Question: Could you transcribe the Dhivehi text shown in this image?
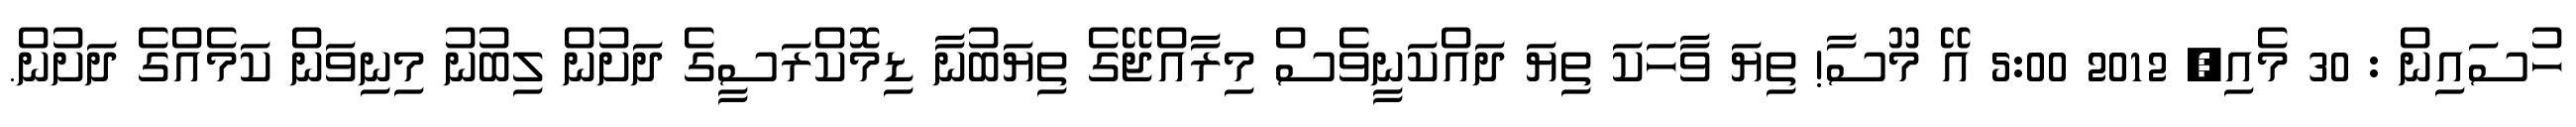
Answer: ހުސައިން : 30 މެއި, 2012 5:00 އޭ މޫސާ! ތިޔަ ވާހަކަ ތިޔަ ދައްކަނީވެސް މިރާއްޖޭގެ ތިޔަބުނާ ޑިމޮކްރަސީގެ ދަށުން ލިބުނު މިނިވަން ކަމެއްގެ ދަށުން.